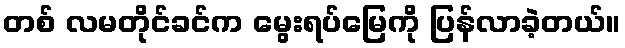
တစ် လမတိုင်ခင်က မွေးရပ်မြေကို ပြန်လာခဲ့တယ်။